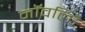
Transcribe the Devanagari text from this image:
नॉवल्टि